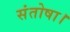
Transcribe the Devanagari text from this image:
संतोषा।